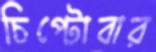
চিপ্‌টোবার